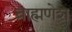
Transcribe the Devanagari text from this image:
ब्राह्मणेश